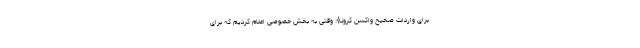
برای واردات صحیح واکسن کرونا}: وقتی به بخش خصوصی اعلام کردیم که برای